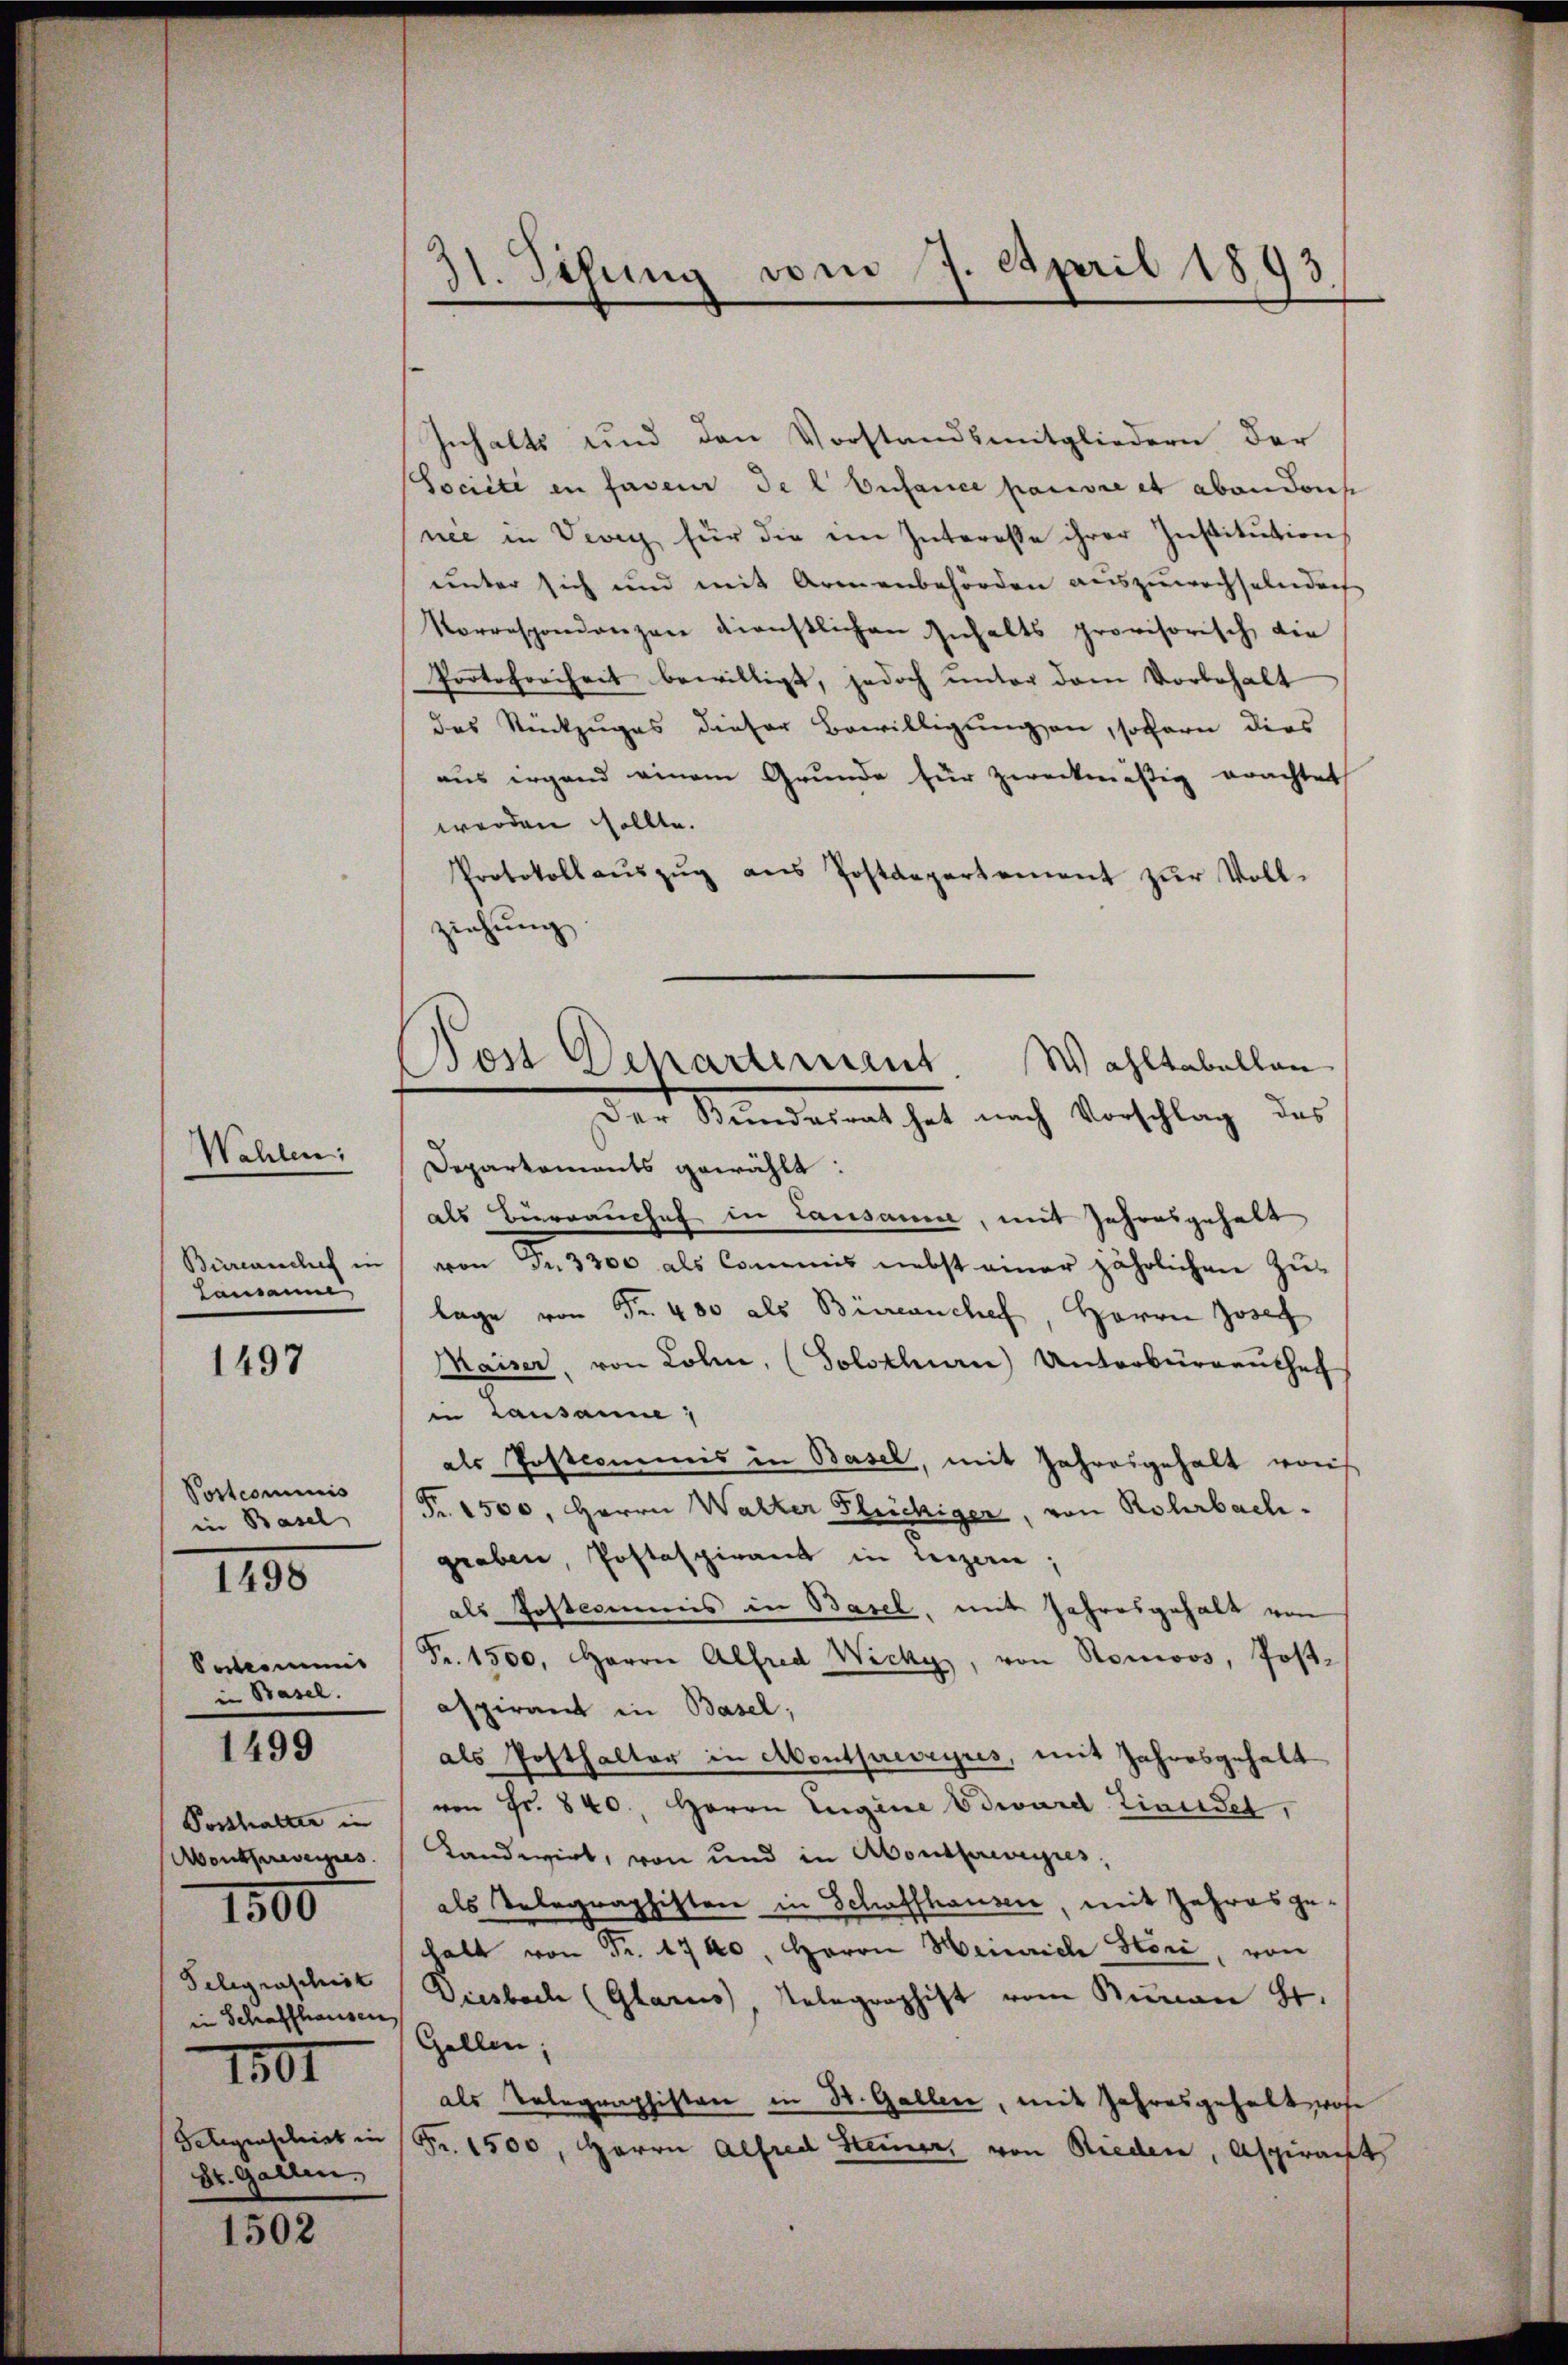
Wahlen:
Lausanne
1497

Postcommis
in Basel
Seminis
in Basel.

1498

1499

Posthalter in
Aontfreverges.
in Schaffhausen,
1501
St. Gallen.

1800

1502

31. Sitzung vom 9. April 1893.

Inhalts und den Vorstandsmitgliedern der
Société en faveur de l. Enfance pauvre et aber dens
nie in Vevey für die ein Interesse ihrer Institution
unter sich und mit Armenbehörden auszuwachselndach
Korrespondanzen dienstlichen Inhalts provisorisch, die
Protokorheit bewilligt, jedoch unter dem Vorbehalt
das Rückzuges dieser Bewilligungen, sofern dies
aus irgend einem Grunde für zweckmäßig erachtet
werden sollte.
Protokoll aŭszŭg ans Postdepartement zŭr Voll-
ziehung
Departements gewählt:
als Bierrauchef in Lausanne, mit Jahresgehalt
Bierenches in von Fr. 3300 als Commis nebst einer jährlichen Zu-
lage von Fr. 400 als Büreanchef, Herrn Josef
Maiser, von Lohn, (Solothurn) Unterbürgenthe
in Lausanne
als Postcommis in Basel, mit Jahresgehalt was
Fr. 1500, Herrn Walker Flüchiger, von Rohrbachgraben, Postaspirant in Leizene;
als Postcommis in Basel, mit Jahresgehalt von
Fr. 1500. Herrn Alfred Wicky, von Ronoos, Postaspirant in Basel;
als Posthalter in Abontprevzyrs, mit Jahresgehalt
von Fr. 840., Herrn Eugene Edward Zineidet,
Landwirt, von und in Abondfreveres,
als Telegraphisten in Schaffhausen, mit Jahres gehalt von Fr. 1740, Herrn Heinrich Stori, von
Selegrascheit Diesbach (Glarus Telegraphist vom Buren St.
Gellen;
als Telegraphisten in St. Galler, mit Jahresgehalt, woh
Seligenschrist in Fr. 1500, Herrn Alfred Steiner von Rieden, Aspiracht

Post Departement. Wahltabellan
Der Bundesrat hat nach Vorschlag des